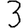
Digit: 3